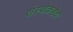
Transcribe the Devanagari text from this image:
संस्थेकडेच